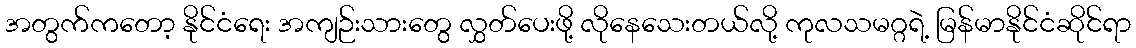
အတွက်ကတော့ နိုင်ငံရေး အကျဉ်းသားတွေ လွှတ်ပေးဖို့ လိုနေသေးတယ်လို့ ကုလသမဂ္ဂရဲ့ မြန်မာနိုင်ငံဆိုင်ရာ